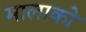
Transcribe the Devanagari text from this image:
मालाको